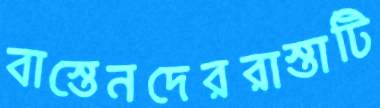
বাস্তেনদেররাস্তাটি